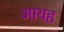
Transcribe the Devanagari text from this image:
आयह